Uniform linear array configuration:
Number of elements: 12
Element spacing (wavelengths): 0.5
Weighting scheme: exponential
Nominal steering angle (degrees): -30
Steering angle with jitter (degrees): -29.244
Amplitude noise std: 0.05
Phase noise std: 0.05

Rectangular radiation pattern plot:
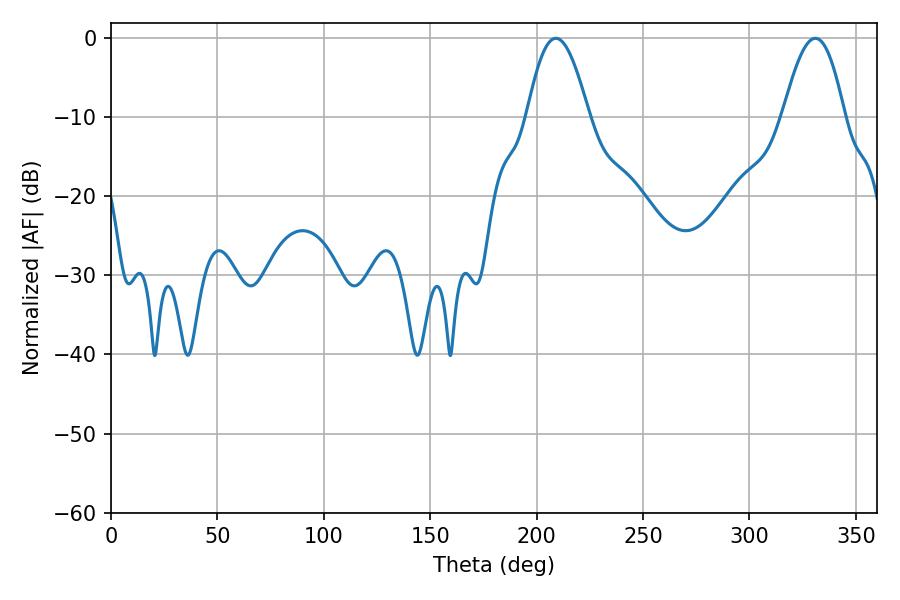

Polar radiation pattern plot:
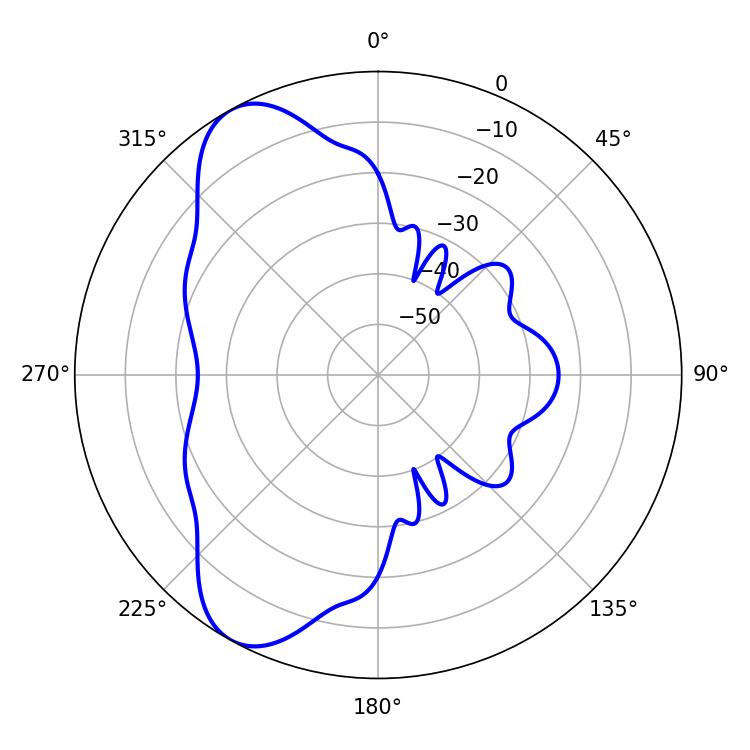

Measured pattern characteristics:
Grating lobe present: FALSE
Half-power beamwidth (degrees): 15.84
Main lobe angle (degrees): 208.98